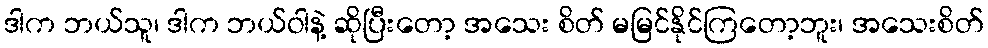
ဒါက ဘယ်သူ၊ ဒါက ဘယ်ဝါနဲ့ ဆိုပြီးတော့ အသေး စိတ် မမြင်နိုင်ကြတော့ဘူး၊ အသေးစိတ်